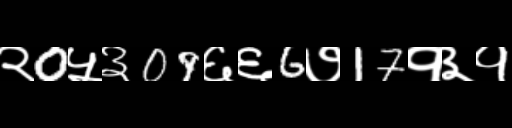
Text: २0५३09६६6७17१३१